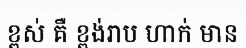
ខ្ពស់ គឺ ខ្ពង់រាប ហាក់ មាន